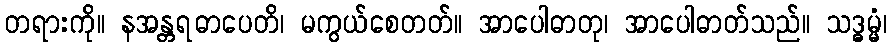
တရားကို။ နအန္တရဓာပေတိ၊ မကွယ်စေတတ်။ အာပေါဓာတု၊ အာပေါဓာတ်သည်။ သဒ္ဓမ္မံ၊